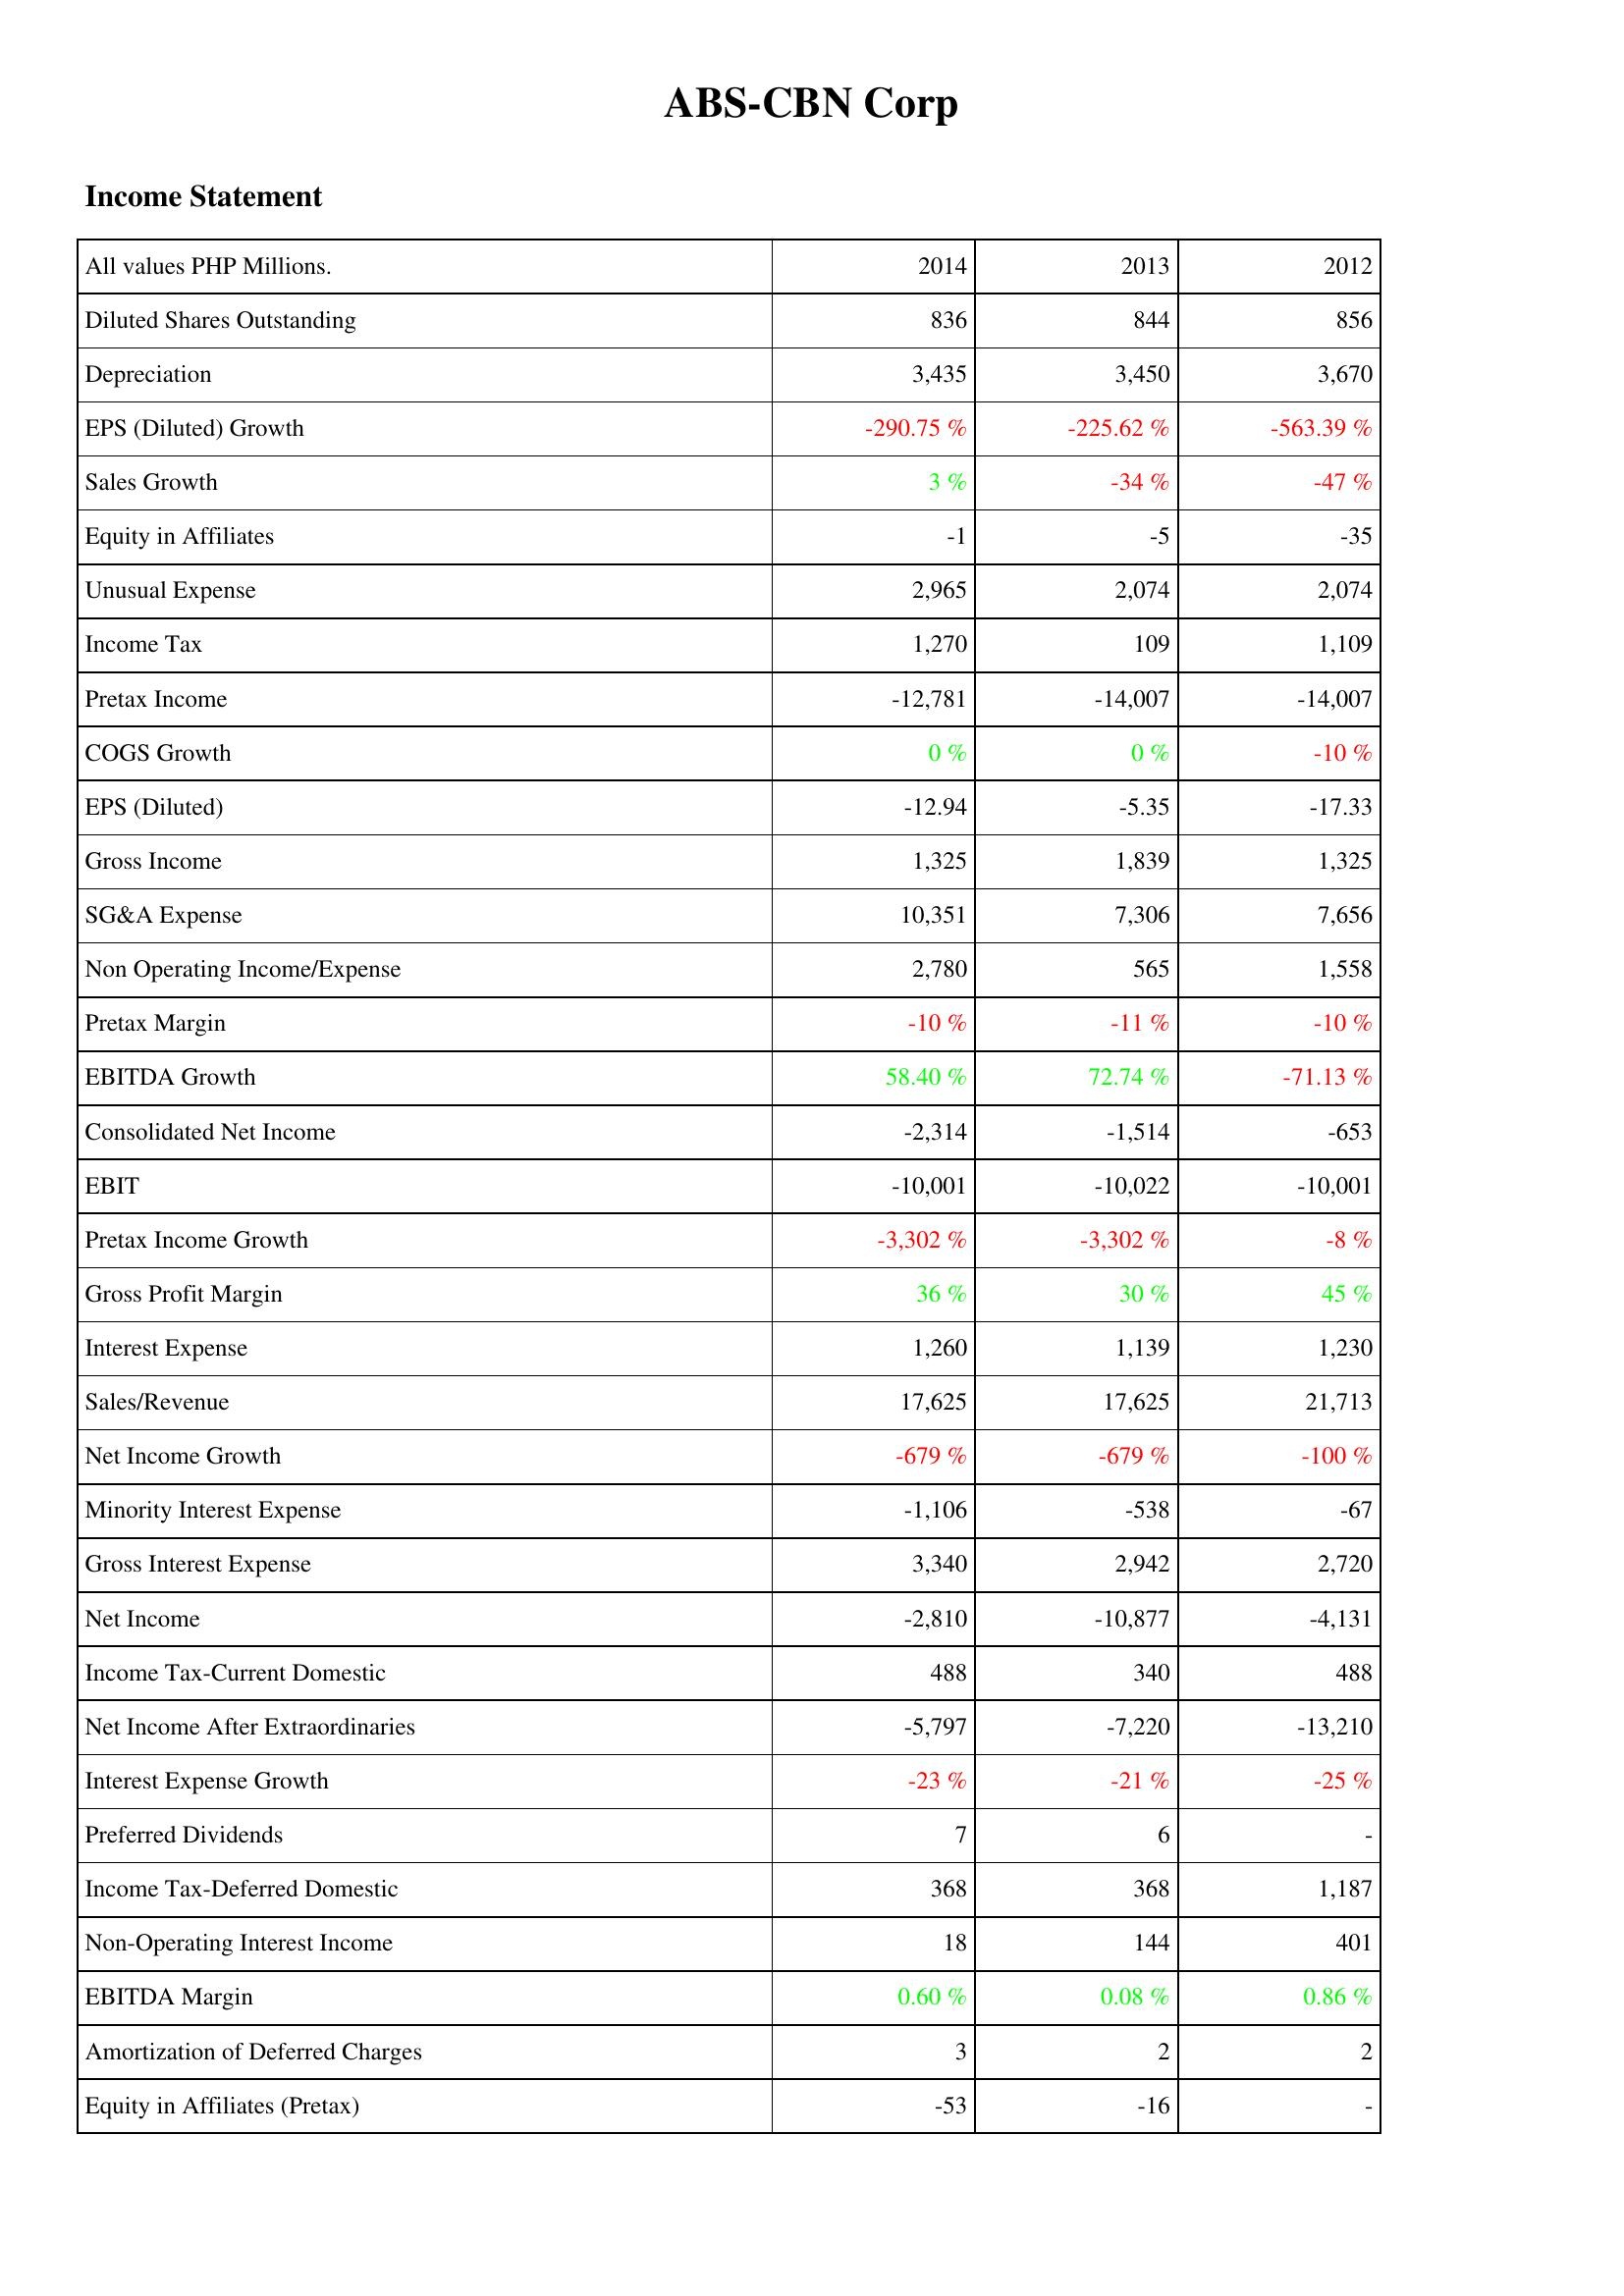
2014: Income Statement: Diluted Shares Outstanding: 836
Depreciation: 3,435
EPS (Diluted) Growth: -290.75 %
Sales Growth: 3 %
Equity in Affiliates: -1
Unusual Expense: 2,965
Income Tax: 1,270
Pretax Income: -12,781
COGS Growth: 0 %
EPS (Diluted): -12.94
Gross Income: 1,325
SG&A Expense: 10,351
Non Operating Income/Expense: 2,780
Pretax Margin: -10 %
EBITDA Growth: 58.40 %
Consolidated Net Income: -2,314
EBIT: -10,001
Pretax Income Growth: -3,302 %
Gross Profit Margin: 36 %
Interest Expense: 1,260
Sales/Revenue: 17,625
Net Income Growth: -679 %
Minority Interest Expense: -1,106
Gross Interest Expense: 3,340
Net Income: -2,810
Income Tax-Current Domestic: 488
Net Income After Extraordinaries: -5,797
Interest Expense Growth: -23 %
Preferred Dividends: 7
Income Tax-Deferred Domestic: 368
Non-Operating Interest Income: 18
EBITDA Margin: 0.60 %
Amortization of Deferred Charges: 3
Equity in Affiliates (Pretax): -53
2013: Income Statement: Diluted Shares Outstanding: 844
Depreciation: 3,450
EPS (Diluted) Growth: -225.62 %
Sales Growth: -34 %
Equity in Affiliates: -5
Unusual Expense: 2,074
Income Tax: 109
Pretax Income: -14,007
COGS Growth: 0 %
EPS (Diluted): -5.35
Gross Income: 1,839
SG&A Expense: 7,306
Non Operating Income/Expense: 565
Pretax Margin: -11 %
EBITDA Growth: 72.74 %
Consolidated Net Income: -1,514
EBIT: -10,022
Pretax Income Growth: -3,302 %
Gross Profit Margin: 30 %
Interest Expense: 1,139
Sales/Revenue: 17,625
Net Income Growth: -679 %
Minority Interest Expense: -538
Gross Interest Expense: 2,942
Net Income: -10,877
Income Tax-Current Domestic: 340
Net Income After Extraordinaries: -7,220
Interest Expense Growth: -21 %
Preferred Dividends: 6
Income Tax-Deferred Domestic: 368
Non-Operating Interest Income: 144
EBITDA Margin: 0.08 %
Amortization of Deferred Charges: 2
Equity in Affiliates (Pretax): -16
2012: Income Statement: Diluted Shares Outstanding: 856
Depreciation: 3,670
EPS (Diluted) Growth: -563.39 %
Sales Growth: -47 %
Equity in Affiliates: -35
Unusual Expense: 2,074
Income Tax: 1,109
Pretax Income: -14,007
COGS Growth: -10 %
EPS (Diluted): -17.33
Gross Income: 1,325
SG&A Expense: 7,656
Non Operating Income/Expense: 1,558
Pretax Margin: -10 %
EBITDA Growth: -71.13 %
Consolidated Net Income: -653
EBIT: -10,001
Pretax Income Growth: -8 %
Gross Profit Margin: 45 %
Interest Expense: 1,230
Sales/Revenue: 21,713
Net Income Growth: -100 %
Minority Interest Expense: -67
Gross Interest Expense: 2,720
Net Income: -4,131
Income Tax-Current Domestic: 488
Net Income After Extraordinaries: -13,210
Interest Expense Growth: -25 %
Preferred Dividends: -
Income Tax-Deferred Domestic: 1,187
Non-Operating Interest Income: 401
EBITDA Margin: 0.86 %
Amortization of Deferred Charges: 2
Equity in Affiliates (Pretax): -